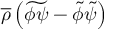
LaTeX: { \overline { { \rho } } } \left( { \widetilde { \phi \psi } } - { \tilde { \phi } } { \tilde { \psi } } \right)